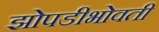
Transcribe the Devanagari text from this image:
झोपडीभोवती